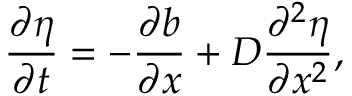
\frac { \partial \eta } { \partial t } = - \frac { \partial b } { \partial x } + D \frac { \partial ^ { 2 } \eta } { \partial x ^ { 2 } } ,